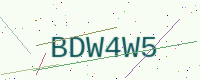
Text: BDW4W5